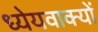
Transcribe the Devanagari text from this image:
ध्येयवाक्यों